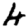
Digit: 4